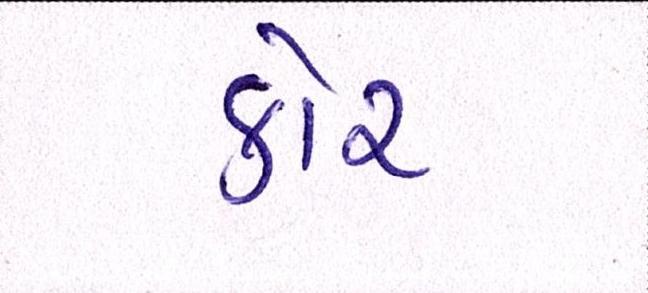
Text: કોર